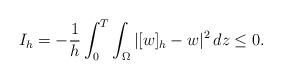
LaTeX: \begin{align*} I_h=-\frac{1}{h}\int_0^T\int_\Omega |[w]_h-w|^2\,dz\leq 0.\end{align*}